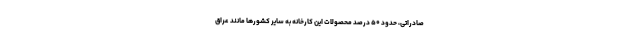
صادراتی، حدود ۵۰ درصد محصولات این کارخانه به سایر کشورها مانند عراق